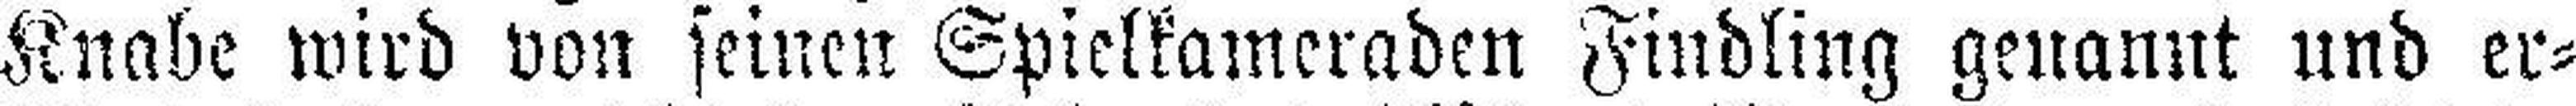
Knabe wird von seinen Spielkameraden Findling genannt und er¬